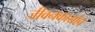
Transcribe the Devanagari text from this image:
जीवनकार्याचे